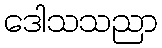
ဒေါသသညာ